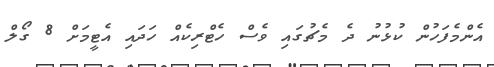
އެންމެފަހުން ކުޅުނު ދެ މެޗުގައި ވެސް ހެޓްރިކެއް ހަދައި އެޓީމަށް 8 ގޯލް